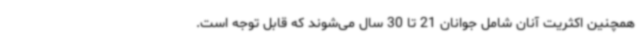
همچنین اکثریت آنان شامل جوانان 21 تا 30 سال می‌شوند که قابل توجه است.